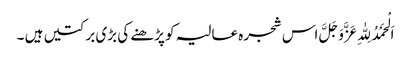
اَلْحَمْدُلِلّٰہِ عَزَّوَجَلَّ اس شجرہ عالیہ کو پڑھنے کی بڑی برکتیں ہیں ۔